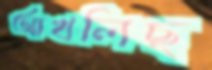
আখলিছ